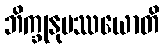
ဘိက္ခုနုပဿယောတိ